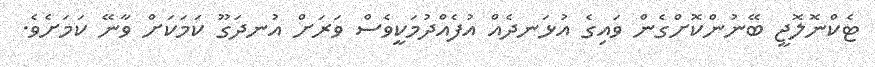
ޓެކްނޮލޮޖީ ބޭނުންކޮށްގެން ވައިގެ އުޅަނދެއް އުފެއްދުމަކީވެސް ވަރަށް އުނދަގޫ ކަމަކަށް ވާނޭ ކަމަށެވެ.